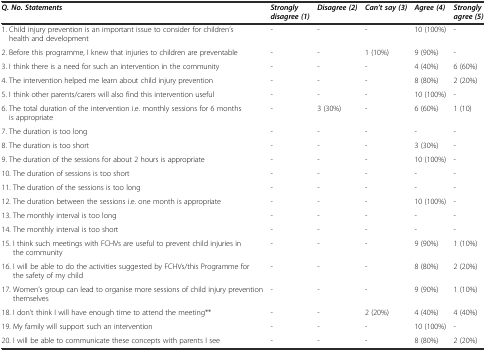
<table><thead><tr><td><b><i>Q. No. Statements</i></b></td><td><b><i>Strongly disagree (1)</i></b></td><td><b><i>Disagree (2)</i></b></td><td><b><i>Can’t say (3)</i></b></td><td><b><i>Agree (4)</i></b></td><td><b><i>Strongly agree (5)</i></b></td></tr></thead><tbody><tr><td>1. Child injury prevention is an important issue to consider for children’s health and development</td><td>-</td><td>-</td><td>-</td><td>10 (100%)</td><td>-</td></tr><tr><td>2. Before this programme, I knew that injuries to children are preventable</td><td>-</td><td>-</td><td>1 (10%)</td><td>9 (90%)</td><td>-</td></tr><tr><td>3. I think there is a need for such an intervention in the community</td><td>-</td><td>-</td><td>-</td><td>4 (40%)</td><td>6 (60%)</td></tr><tr><td>4. The intervention helped me learn about child injury prevention</td><td>-</td><td>-</td><td>-</td><td>8 (80%)</td><td>2 (20%)</td></tr><tr><td>5. I think other parents/carers will also find this intervention useful</td><td>-</td><td>-</td><td>-</td><td>10 (100%)</td><td>-</td></tr><tr><td>6. The total duration of the intervention i.e. monthly sessions for 6 months is appropriate</td><td>-</td><td>3 (30%)</td><td>-</td><td>6 (60%)</td><td>1 (10)</td></tr><tr><td>7. The duration is too long</td><td>-</td><td>-</td><td>-</td><td>-</td><td>-</td></tr><tr><td>8. The duration is too short</td><td>-</td><td>-</td><td>-</td><td>3 (30%)</td><td>-</td></tr><tr><td>9. The duration of the sessions for about 2 hours is appropriate</td><td>-</td><td>-</td><td>-</td><td>10 (100%)</td><td>-</td></tr><tr><td>10. The duration of sessions is too short</td><td>-</td><td>-</td><td>-</td><td>-</td><td>-</td></tr><tr><td>11. The duration of the sessions is too long</td><td>-</td><td>-</td><td>-</td><td>-</td><td>-</td></tr><tr><td>12. The duration between the sessions i.e. one month is appropriate</td><td>-</td><td>-</td><td>-</td><td>10 (100%)</td><td>-</td></tr><tr><td>13. The monthly interval is too long</td><td>-</td><td>-</td><td>-</td><td>-</td><td>-</td></tr><tr><td>14. The monthly interval is too short</td><td>-</td><td>-</td><td>-</td><td>-</td><td>-</td></tr><tr><td>15. I think such meetings with FCHVs are useful to prevent child injuries in the community</td><td>-</td><td>-</td><td>-</td><td>9 (90%)</td><td>1 (10%)</td></tr><tr><td>16. I will be able to do the activities suggested by FCHVs/this Programme for the safety of my child</td><td>-</td><td>-</td><td>-</td><td>8 (80%)</td><td>2 (20%)</td></tr><tr><td>17. Women’s group can lead to organise more sessions of child injury prevention themselves</td><td>-</td><td>-</td><td>-</td><td>9 (90%)</td><td>1 (10%)</td></tr><tr><td>18. I don’t think I will have enough time to attend the meeting**</td><td>-</td><td>-</td><td>2 (20%)</td><td>4 (40%)</td><td>4 (40%)</td></tr><tr><td>19. My family will support such an intervention</td><td>-</td><td>-</td><td>-</td><td>10 (100%)</td><td>-</td></tr><tr><td>20. I will be able to communicate these concepts with parents I see</td><td>-</td><td>-</td><td>-</td><td>8 (80%)</td><td>2 (20%)</td></tr></tbody></table>